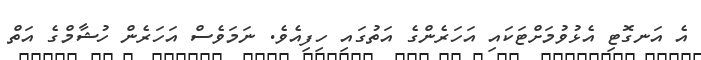
އެ އަނގޮޓި އެޅުވުމަށްޓަކައި އަހަރެންގެ އަތުގައި ހިފިއެވެ. ނަމަވެސް އަހަރެން ހުޝާމްގެ އަތް